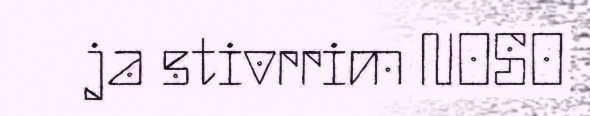
ja stivrrim NOSO